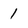
Character: 1